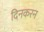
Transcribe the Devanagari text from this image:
दिनकरन